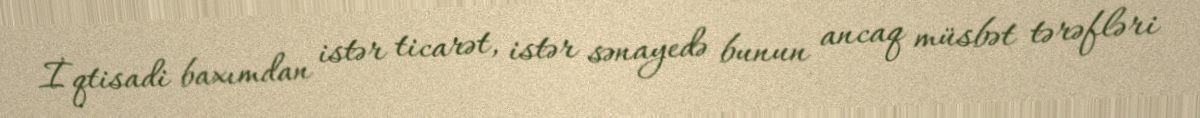
İqtisadi baxımdan istər ticarət, istər sənayedə bunun ancaq müsbət tərəfləri